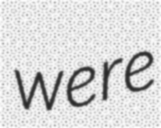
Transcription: were